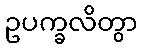
ဥပက္ခလိတွာ